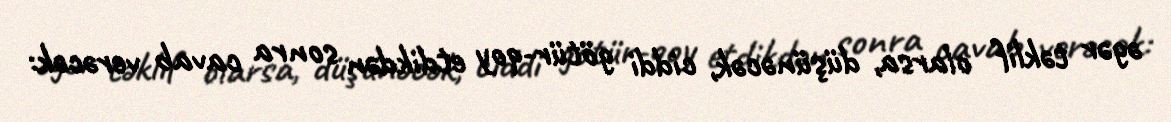
əgər təklif olarsa, düşünəcək, ciddi götür-qoy etdikdən sonra cavab verəcək: